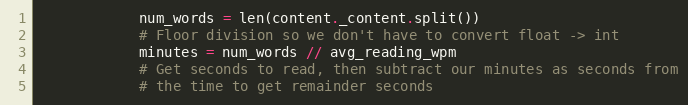
Language: Python
            num_words = len(content._content.split())
            # Floor division so we don't have to convert float -> int
            minutes = num_words // avg_reading_wpm
            # Get seconds to read, then subtract our minutes as seconds from
            # the time to get remainder seconds